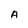
Character: A